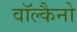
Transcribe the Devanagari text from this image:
वॉल्कैनो